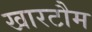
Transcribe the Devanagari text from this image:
खारटौम